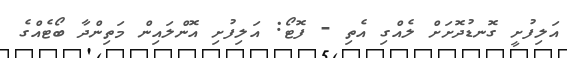
އަލިފުށީ ގޮނޑުދޮށަށް ލެއްގި އެތި - ފޮޓޯ: އަލިފުށި އޮންލައިން މަތިންދާ ބޯޓެއްގެ